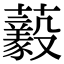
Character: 𧄘